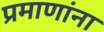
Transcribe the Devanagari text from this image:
प्रमाणांना